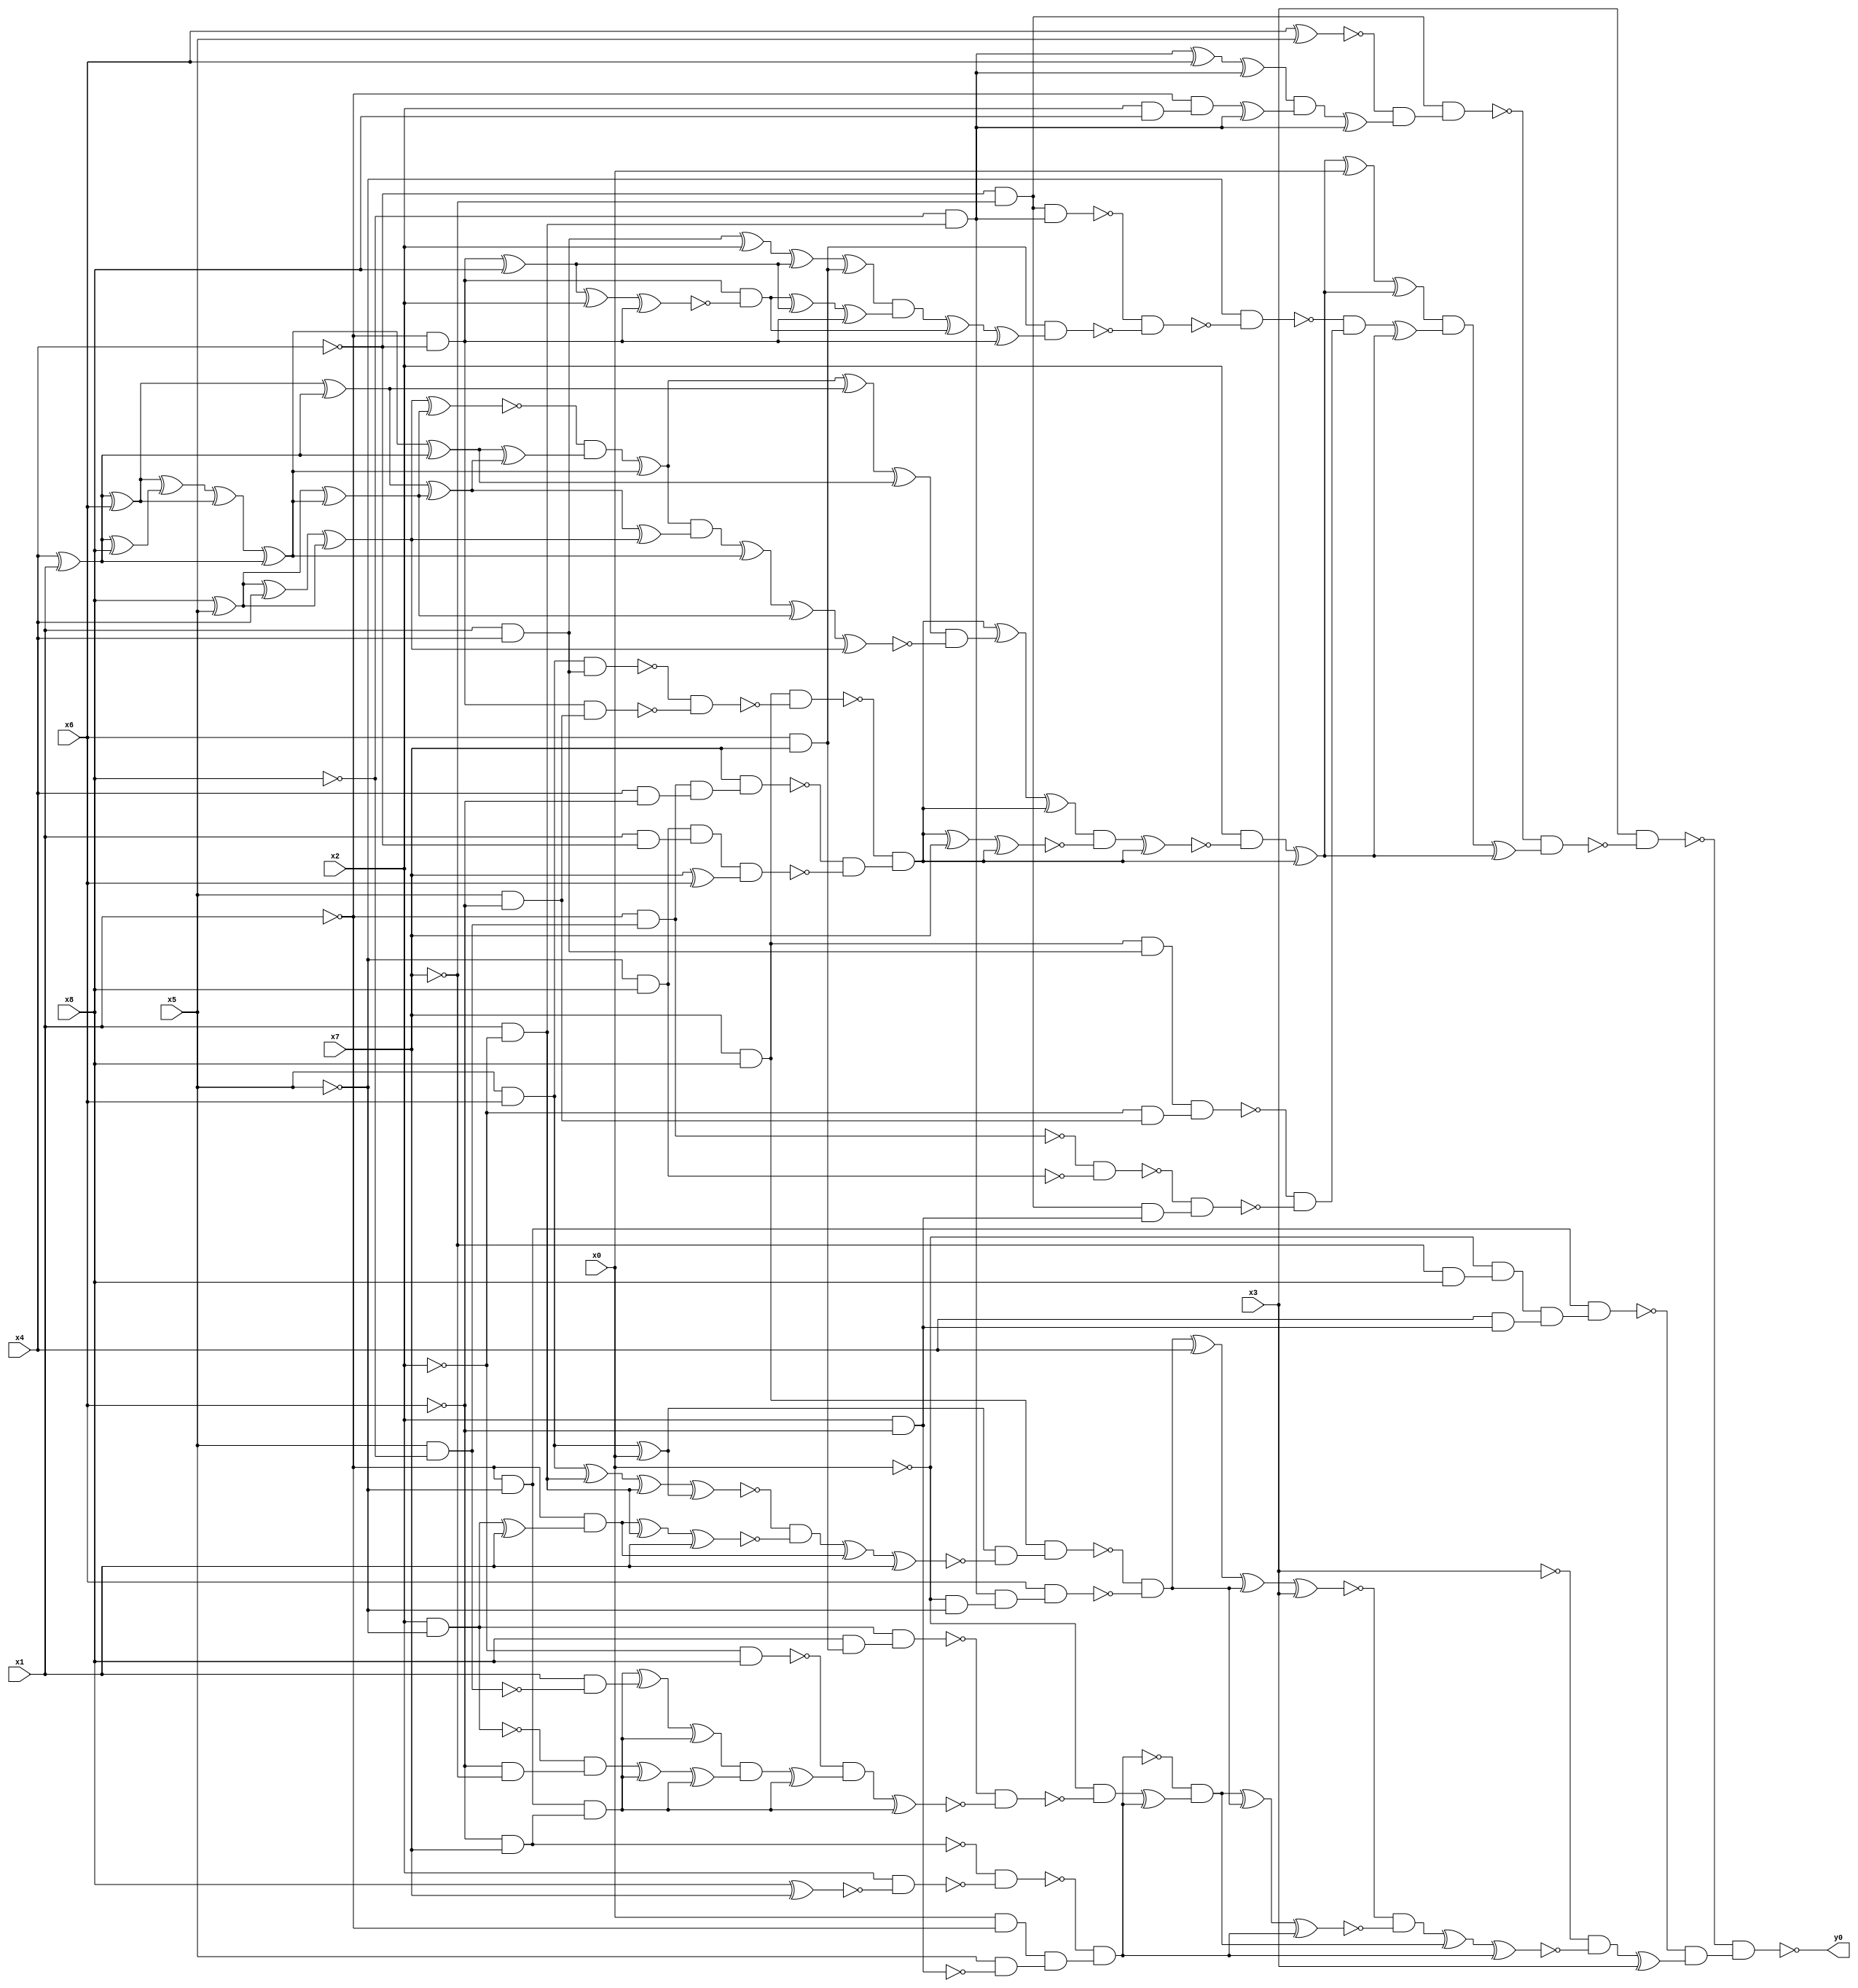
module top( x0 , x1 , x2 , x3 , x4 , x5 , x6 , x7 , x8 , y0 );
  input x0 , x1 , x2 , x3 , x4 , x5 , x6 , x7 , x8 ;
  output y0 ;
  wire n10 , n11 , n12 , n13 , n14 , n15 , n16 , n17 , n18 , n19 , n20 , n21 , n22 , n23 , n24 , n25 , n26 , n27 , n28 , n29 , n30 , n31 , n32 , n33 , n34 , n35 , n36 , n37 , n38 , n39 , n40 , n41 , n42 , n43 , n44 , n45 , n46 , n47 , n48 , n49 , n50 , n51 , n52 , n53 , n54 , n55 , n56 , n57 , n58 , n59 , n60 , n61 , n62 , n63 , n64 , n65 , n66 , n67 , n68 , n69 , n70 , n71 , n72 , n73 , n74 , n75 , n76 , n77 , n78 , n79 , n80 , n81 , n82 , n83 , n84 , n85 , n86 , n87 , n88 , n89 , n90 , n91 , n92 , n93 , n94 , n95 , n96 , n97 , n98 , n99 , n100 , n101 , n102 , n103 , n104 , n105 , n106 , n107 , n108 , n109 , n110 , n111 , n112 , n113 , n114 , n115 , n116 , n117 , n118 , n119 , n120 , n121 , n122 , n123 , n124 , n125 , n126 , n127 , n128 , n129 , n130 , n131 , n132 , n133 , n134 , n135 , n136 , n137 , n138 , n139 , n140 , n141 , n142 , n143 , n144 , n145 , n146 , n147 , n148 , n149 , n150 , n151 , n152 , n153 , n154 , n155 , n156 , n157 , n158 , n159 , n160 , n161 , n162 , n163 , n164 , n165 , n166 , n167 , n168 , n169 , n170 , n171 , n172 ;
  assign n10 = ~x4 & ~x7 ;
  assign n11 = x6 ^ x5 ;
  assign n12 = x1 & ~x2 ;
  assign n13 = ~x8 & n12 ;
  assign n14 = n13 ^ x6 ;
  assign n15 = n14 ^ n13 ;
  assign n16 = x2 & x8 ;
  assign n17 = ~x1 & n16 ;
  assign n18 = n17 ^ n13 ;
  assign n19 = n15 & n18 ;
  assign n20 = n19 ^ n13 ;
  assign n21 = ~n11 & n20 ;
  assign n22 = n10 & n21 ;
  assign n48 = x7 & x8 ;
  assign n49 = x5 & x6 ;
  assign n50 = x1 & x4 ;
  assign n51 = n49 & n50 ;
  assign n52 = ~x1 & ~x4 ;
  assign n53 = x5 & ~x6 ;
  assign n54 = n52 & n53 ;
  assign n55 = ~n51 & ~n54 ;
  assign n56 = n48 & ~n55 ;
  assign n57 = x5 & ~x8 ;
  assign n58 = ~x1 & n57 ;
  assign n59 = x4 & ~x6 ;
  assign n60 = n58 & n59 ;
  assign n61 = x7 & n60 ;
  assign n62 = ~x5 & x8 ;
  assign n63 = x1 & ~x4 ;
  assign n64 = n62 & n63 ;
  assign n65 = x7 ^ x6 ;
  assign n66 = n64 & n65 ;
  assign n67 = ~n61 & ~n66 ;
  assign n68 = ~n56 & n67 ;
  assign n29 = x8 ^ x5 ;
  assign n31 = n29 ^ x4 ;
  assign n32 = n31 ^ n29 ;
  assign n23 = x4 ^ x1 ;
  assign n25 = n23 ^ x6 ;
  assign n24 = n23 ^ x8 ;
  assign n26 = n25 ^ n24 ;
  assign n27 = n26 ^ n25 ;
  assign n28 = n27 ^ n23 ;
  assign n30 = n29 ^ n28 ;
  assign n33 = n32 ^ n30 ;
  assign n36 = n28 ^ n23 ;
  assign n34 = n25 ^ n23 ;
  assign n35 = n34 ^ n30 ;
  assign n37 = n36 ^ n35 ;
  assign n38 = ~n33 & n37 ;
  assign n39 = n38 ^ n28 ;
  assign n40 = n39 ^ n34 ;
  assign n41 = n40 ^ n36 ;
  assign n42 = n35 ^ n32 ;
  assign n43 = n39 & n42 ;
  assign n44 = n43 ^ n28 ;
  assign n45 = n44 ^ n30 ;
  assign n46 = n45 ^ n32 ;
  assign n47 = n41 & ~n46 ;
  assign n69 = n68 ^ n47 ;
  assign n70 = n69 ^ n68 ;
  assign n71 = n68 ^ x7 ;
  assign n72 = n71 ^ n68 ;
  assign n73 = n70 & ~n72 ;
  assign n74 = n73 ^ n68 ;
  assign n75 = x2 & ~n74 ;
  assign n76 = n75 ^ n68 ;
  assign n77 = n76 ^ x0 ;
  assign n78 = n77 ^ n76 ;
  assign n79 = n10 & n13 ;
  assign n80 = x6 & x7 ;
  assign n82 = n50 ^ x2 ;
  assign n81 = n52 ^ x8 ;
  assign n83 = n82 ^ n81 ;
  assign n84 = n83 ^ n80 ;
  assign n85 = n81 ^ x2 ;
  assign n86 = n85 ^ n52 ;
  assign n87 = n52 & ~n86 ;
  assign n88 = n87 ^ n81 ;
  assign n89 = n88 ^ n52 ;
  assign n90 = n84 & n89 ;
  assign n91 = n90 ^ n87 ;
  assign n92 = n91 ^ n52 ;
  assign n93 = n80 & n92 ;
  assign n94 = ~n79 & ~n93 ;
  assign n95 = ~x5 & ~n94 ;
  assign n96 = n48 & n50 ;
  assign n97 = ~x2 & n53 ;
  assign n98 = n96 & n97 ;
  assign n99 = ~n58 & ~n62 ;
  assign n100 = x2 & ~x6 ;
  assign n101 = n10 & n100 ;
  assign n102 = ~n99 & n101 ;
  assign n103 = ~n98 & ~n102 ;
  assign n104 = ~n95 & n103 ;
  assign n105 = n104 ^ n76 ;
  assign n106 = n78 & n105 ;
  assign n107 = n106 ^ n76 ;
  assign n108 = ~n22 & n107 ;
  assign n109 = x3 & ~n108 ;
  assign n110 = ~x1 & ~x5 ;
  assign n111 = ~x7 & x8 ;
  assign n112 = ~x0 & n111 ;
  assign n113 = x4 & n100 ;
  assign n114 = n112 & n113 ;
  assign n115 = n110 & n114 ;
  assign n116 = n49 ^ x0 ;
  assign n117 = n49 ^ n12 ;
  assign n118 = n117 ^ n12 ;
  assign n119 = n118 ^ n116 ;
  assign n120 = x2 & ~x5 ;
  assign n121 = n120 ^ x1 ;
  assign n122 = ~x1 & n121 ;
  assign n123 = n122 ^ n12 ;
  assign n124 = n123 ^ x1 ;
  assign n125 = ~n119 & ~n124 ;
  assign n126 = n125 ^ n122 ;
  assign n127 = n126 ^ x1 ;
  assign n128 = n116 & ~n127 ;
  assign n129 = n48 & n128 ;
  assign n130 = ~x0 & ~x5 ;
  assign n131 = n13 & n130 ;
  assign n132 = x6 & n131 ;
  assign n133 = ~n129 & ~n132 ;
  assign n134 = n133 ^ x4 ;
  assign n135 = n134 ^ n133 ;
  assign n136 = n135 ^ x3 ;
  assign n137 = ~x6 & x7 ;
  assign n138 = x8 ^ x7 ;
  assign n139 = x2 & ~n138 ;
  assign n140 = ~n137 & ~n139 ;
  assign n141 = x0 & ~x1 ;
  assign n142 = x5 & ~n100 ;
  assign n143 = n141 & n142 ;
  assign n144 = ~n140 & n143 ;
  assign n145 = x8 & n80 ;
  assign n146 = n120 & n145 ;
  assign n147 = ~x2 & x8 ;
  assign n149 = n110 & n137 ;
  assign n148 = x1 & ~n57 ;
  assign n150 = n149 ^ n148 ;
  assign n151 = n150 ^ n149 ;
  assign n152 = ~x6 & ~x7 ;
  assign n153 = ~n120 & n152 ;
  assign n154 = n153 ^ n149 ;
  assign n155 = n154 ^ n149 ;
  assign n156 = n151 & n155 ;
  assign n157 = n156 ^ n149 ;
  assign n158 = ~n147 & n157 ;
  assign n159 = n158 ^ n149 ;
  assign n160 = ~n146 & ~n159 ;
  assign n161 = ~x0 & ~n160 ;
  assign n162 = n161 ^ n144 ;
  assign n163 = ~n144 & n162 ;
  assign n164 = n163 ^ n133 ;
  assign n165 = n164 ^ n144 ;
  assign n166 = ~n136 & ~n165 ;
  assign n167 = n166 ^ n163 ;
  assign n168 = n167 ^ n144 ;
  assign n169 = ~x3 & ~n168 ;
  assign n170 = n169 ^ x3 ;
  assign n171 = ~n115 & n170 ;
  assign n172 = ~n109 & n171 ;
  assign y0 = ~n172 ;
endmodule